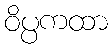
ဝိပ္ပကထာ